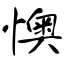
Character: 懊